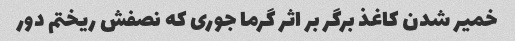
خمیر شدن کاغذ برگر بر اثر گرما جوری که نصفش ریختم دور